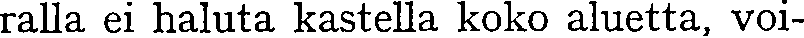
ralla ei haluta kastella koko aluetta, voi-